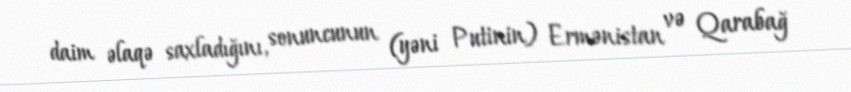
daim əlaqə saxladığını, sonuncunun (yəni Putinin) Ermənistan və Qarabağ